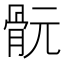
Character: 䯈